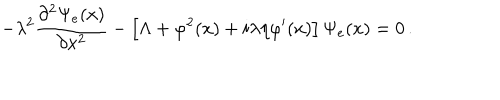
LaTeX: - \lambda ^ { 2 } \frac { \partial ^ { 2 } \Psi _ { e } ( x ) } { \partial x ^ { 2 } } - \left[ \Lambda + \varphi ^ { 2 } ( x ) + i \lambda \eta \varphi ^ { \prime } ( x ) \right] \Psi _ { e } ( x ) = 0 \, .